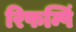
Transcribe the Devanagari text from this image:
रिफम्पिं